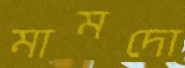
মামদো